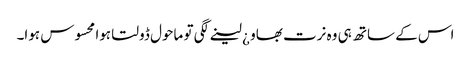
اس کے ساتھ ہی وہ نرت بھاو ¿ لینے لگی تو ماحول ڈولتا ہوا محسوس ہوا۔